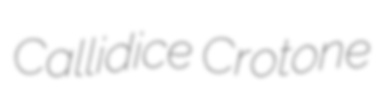
Callidice Crotone